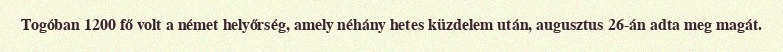
Togóban 1200 fő volt a német helyőrség, amely néhány hetes küzdelem után, augusztus 26-án adta meg magát.